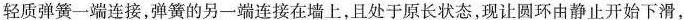
轻质弹簧一端连接，弹簧的另一端连接在墙上，且处于原长状态，现让圆环由静止开始下滑，